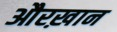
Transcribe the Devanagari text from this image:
औरख़ान